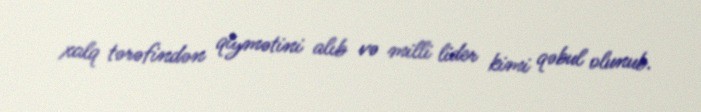
xalq tərəfindən qiymətini alıb və milli lider kimi qəbul olunub.